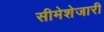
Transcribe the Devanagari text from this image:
सीमेशेजारी